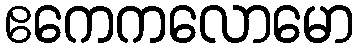
ဧကေကလောမော